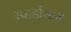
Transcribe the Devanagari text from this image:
स्पार्डाकस